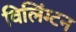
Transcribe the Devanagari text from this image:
विलिंग्‍टन